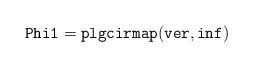
LaTeX: \begin{align*}{\tt Phi1 = plgcirmap(ver,inf)}\end{align*}